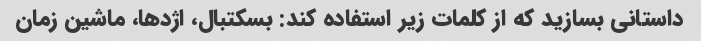
داستانی بسازید که از کلمات زیر استفاده کند: بسکتبال، اژدها، ماشین زمان